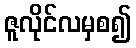
ဇူလိုင်လမှစ၍